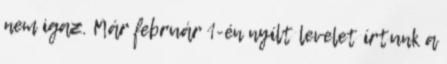
nem igaz. Már február 1-én nyílt levelet írtunk a